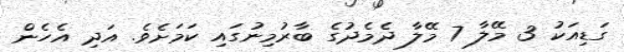
ގަޑިއަކު 3 މޭލާ 7 މޭލާ ދެމެދުގެ ބާރުމިނުގައި ކަމަށެވެ. އަދި އެހެން